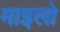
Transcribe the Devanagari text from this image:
माइलो